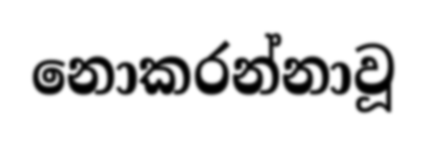
නොකරන්නාවූ